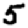
Digit: 5